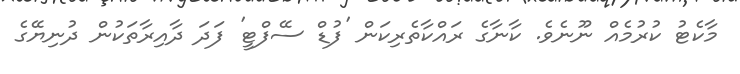
މާކެޓު ކުރުމެއް ނޫނެވެ. ކާނާގެ ރައްކާތެރިކަން 'ފުޑް ސޭފްޓީ' ފަދަ ދާއިރާތަކުން ދުނިޔޭގެ